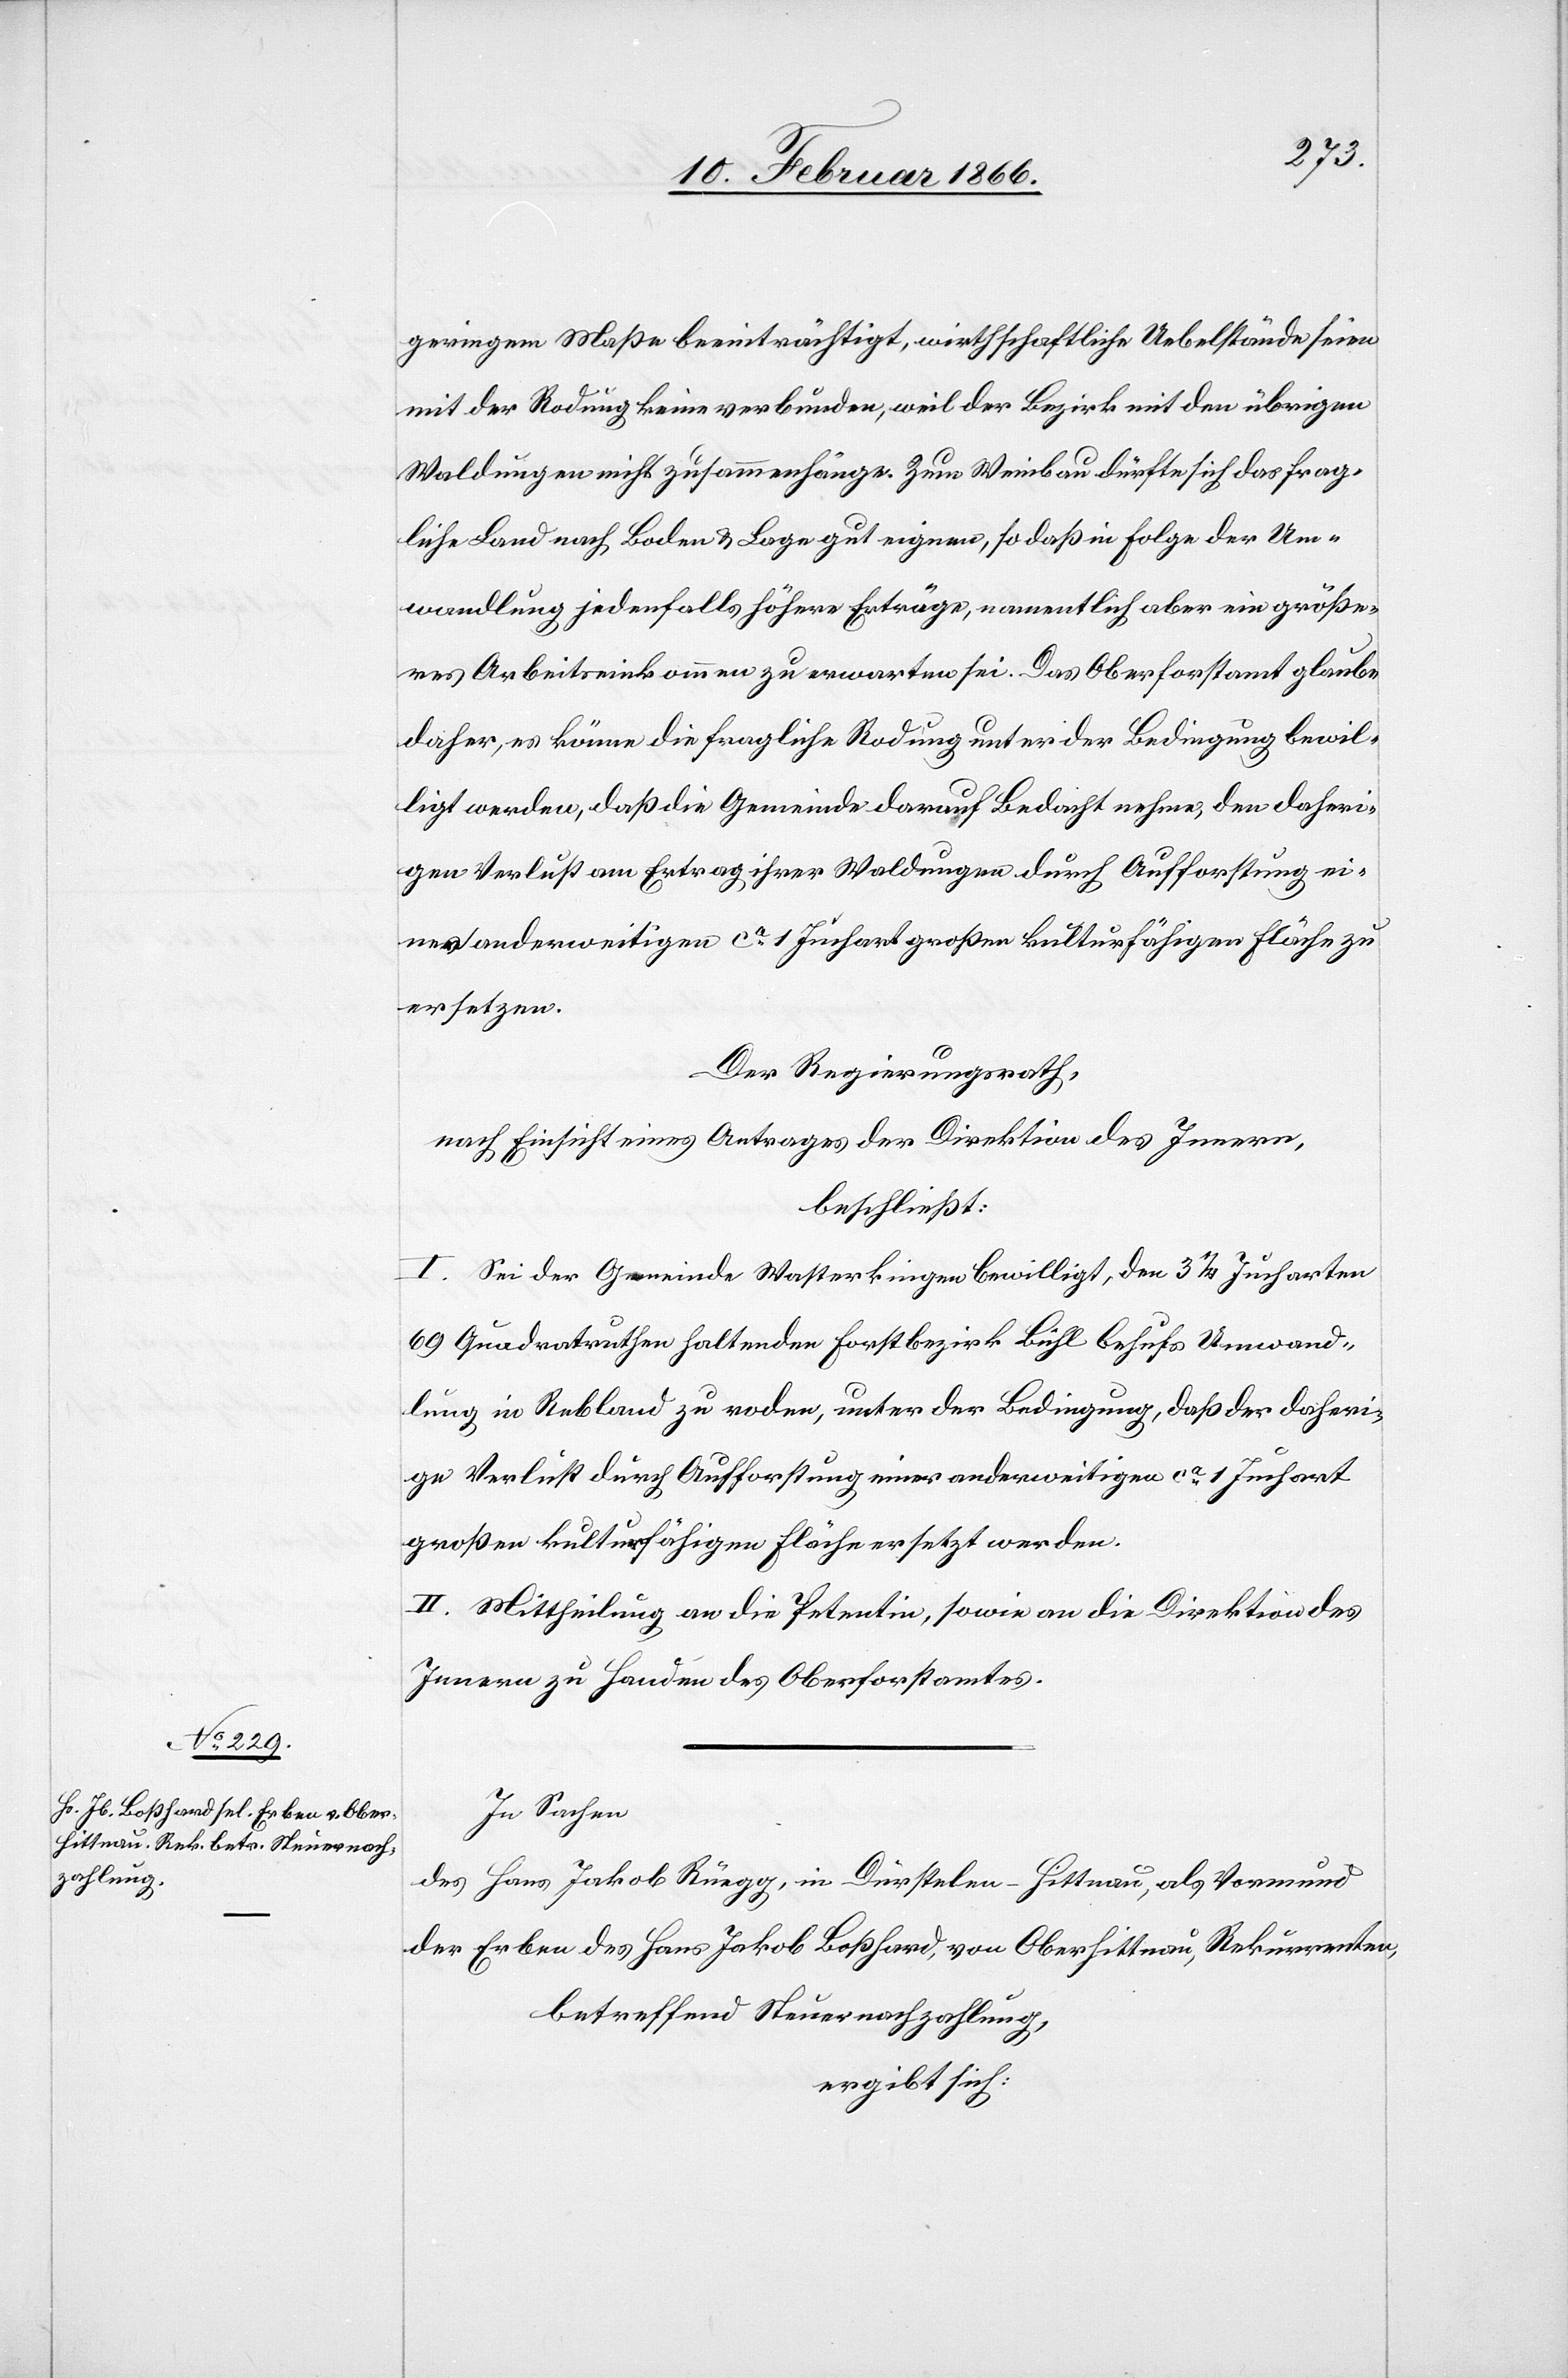
geringem Maße beeinträchtigt, wirthschaftliche Uebelstände seien
mit der Rodung keine verbunden, weil der Bezirk mit den übrigen
Waldungen nicht zusammenhänge. Zum Weinbau dürfte sich das frag¬
liche Land nach Boden u. Lage gut eignen, so daß in Folge der Um¬
wandlung jedenfalls höhere Erträge, namentlich aber ein größe¬
res Arbeitseinkommen zu erwarten sei. Das Oberforstamt glaube
daher, es könne die fragliche Rodung unter der Bedingung bewil¬
ligt werden, daß die Gemeinde darauf Bedacht nehme, den daheri¬
gen Verlust am Ertrag ihrer Waldungen durch Aufforstung ei¬
ner anderweitigen ca. 1 Juchart großen kulturfähigen Fläche zu
ersetzen.
Der Regierungsrath,
nach Einsicht eines Antrages der Direktion des Innern,
beschließt:
I. Sei der Gemeinde Wasterkingen bewilligt, den 3 ¼ Jucharten
69 Quadratruthen haltenden Forstbezirk Bühl behufs Umwand¬
lung in Rebland zu roden, unter der Bedingung, daß der daheri¬
ge Verlust durch Aufforstung einer anderweitigen ca. 1 Juchart
großen kulturfähigen Fläche ersetzt werde.
II. Mittheilung an die Petentin, sowie an die Direktion des
Innern zu Handen des Oberforstamtes.
In Sachen
des Hans Jakob Rüegg, in Dürstelen–Hittnau, als Vormund
der Erben des Hans Jakob Boßhard, von Oberhittnau, Rekurrenten,
betreffend Steuernachzahlung
ergibt sich: